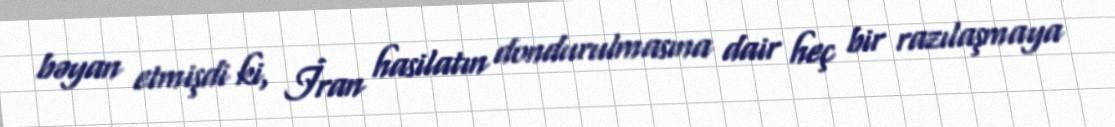
bəyan etmişdi ki, İran hasilatın dondurulmasına dair heç bir razılaşmaya